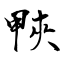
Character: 𤲍